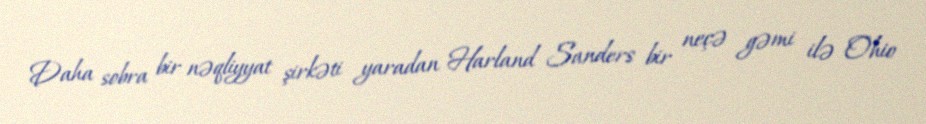
Daha sobra bir nəqliyyat şirkəti yaradan Harland Sanders bir neçə gəmi ilə Ohio